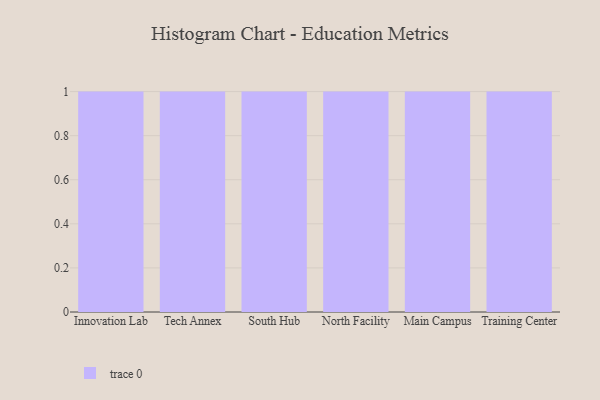
{"axis": {"x": "Campus", "y": "Market Share (%)"}, "legend": [""], "data": [{"x": "Innovation Lab", "y": 39, "type": ""}, {"x": "Tech Annex", "y": 69, "type": ""}, {"x": "South Hub", "y": 80, "type": ""}, {"x": "North Facility", "y": 87, "type": ""}, {"x": "Main Campus", "y": 27, "type": ""}, {"x": "Training Center", "y": 28, "type": ""}]}